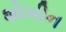
શોખીન